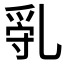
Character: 𠃿